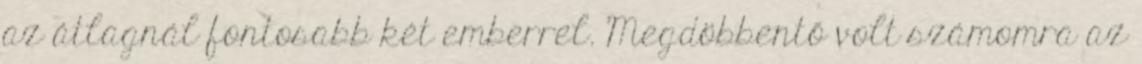
az átlagnál fontosabb két emberrel. Megdöbbentő volt számomra az